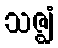
သဇ္ဈံ